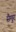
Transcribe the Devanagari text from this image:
सैमुर